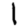
Digit: 1